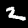
Digit: 2